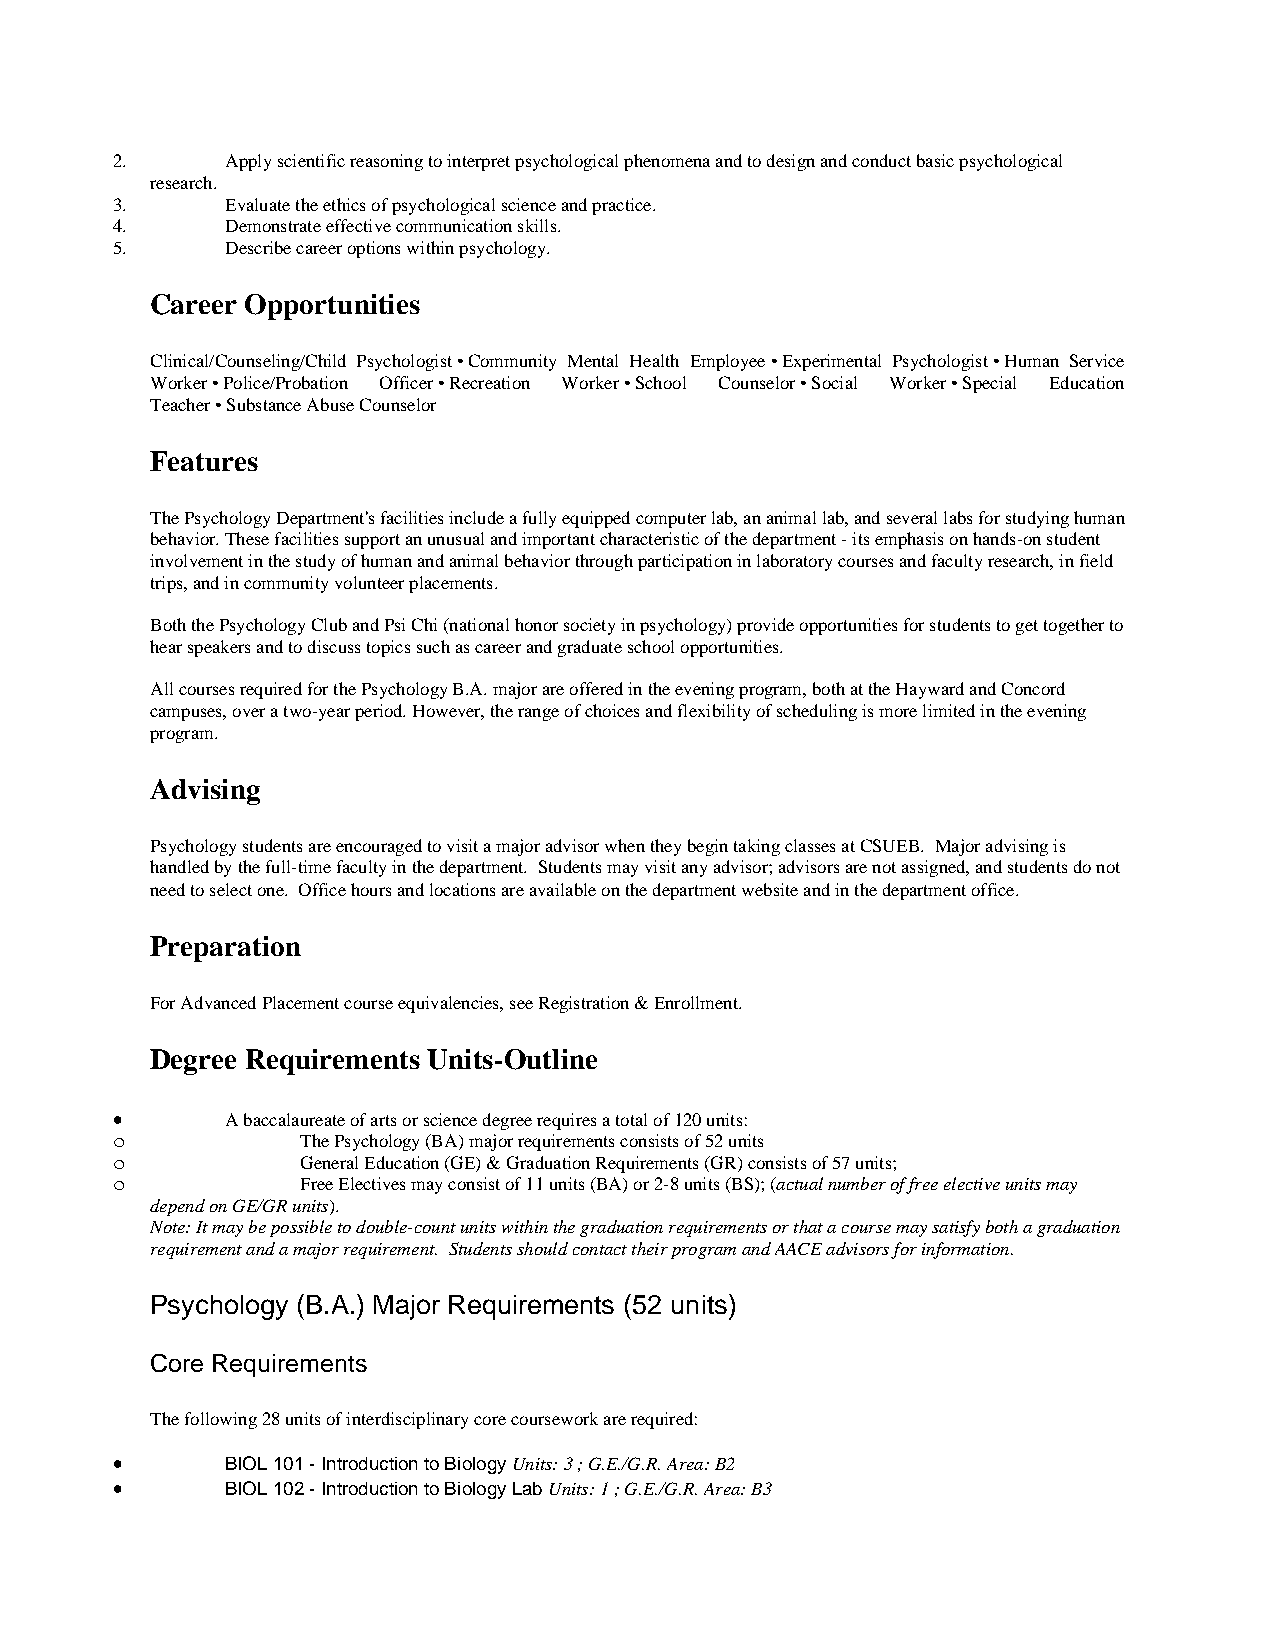
2.      Apply scientific reasoning to interpret psychological phenomena and to design and conduct basic psychological
 research.
 3.      Evaluate the ethics of psychological science and practice.
 4.      Demonstrate effective communication skills.
 5.      Describe career options within psychology.
 Career Opportunities
 Clinical/Counseling/Child Psychologist • Community Mental Health Employee • Experimental Psychologist • Human Service
 Worker • Police/Probation Officer • Recreation Worker • School Counselor • Social Worker • Special Education
 Teacher • Substance Abuse Counselor
 Features
 The Psychology Department's facilities include a fully equipped computer lab, an animal lab, and several labs for studying human
 behavior. These facilities support an unusual and important characteristic of the department - its emphasis on hands-on student
 involvement in the study of human and animal behavior through participation in laboratory courses and faculty research, in field
 trips, and in community volunteer placements.
 Both the Psychology Club and Psi Chi (national honor society in psychology) provide opportunities for students to get together to
 hear speakers and to discuss topics such as career and graduate school opportunities.
 All courses required for the Psychology B.A. major are offered in the evening program, both at the Hayward and Concord
 campuses, over a two-year period. However, the range of choices and flexibility of scheduling is more limited in the evening
 program.
 Advising
 Psychology students are encouraged to visit a major advisor when they begin taking classes at CSUEB. Major advising is
 handled by the full-time faculty in the department. Students may visit any advisor; advisors are not assigned, and students do not
 need to select one. Office hours and locations are available on the department website and in the department office.
 Preparation
 For Advanced Placement course equivalencies, see Registration & Enrollment.
 Degree Requirements Units-Outline
 •       A baccalaureate of arts or science degree requires a total of 120 units:
 o            The Psychology (BA) major requirements consists of 52 units
 o            General Education (GE) & Graduation Requirements (GR) consists of 57 units;
 o            Free Electives may consist of 11 units (BA) or 2-8 units (BS); (actual number of free elective units may
 depend on GE/GR units).
 Note: It may be possible to double-count units within the graduation requirements or that a course may satisfy both a graduation
 requirement and a major requirement. Students should contact their program and AACE advisors for information.
 Psychology (B.A.) Major Requirements (52 units)
 Core Requirements
 The following 28 units of interdisciplinary core coursework are required:
 •       BIOL 101 - Introduction to Biology Units: 3 ; G.E./G.R. Area: B2
 •       BIOL 102 - Introduction to Biology Lab Units: 1 ; G.E./G.R. Area: B3